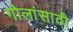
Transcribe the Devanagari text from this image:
गोलांसाठी